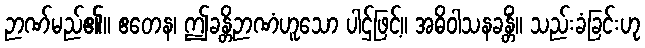
ဉာဏ်မည်၏။ ဧတေန၊ ဤခန္တိဉာဏံဟူသော ပါဌ်ဖြင့်။ အဓိဝါသနခန္တိံ။ သည်းခံခြင်းဟု